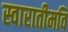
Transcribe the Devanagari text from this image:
स्वारातीमवि